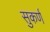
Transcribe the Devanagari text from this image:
सुकर्ण